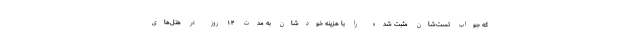
که جواب تست‌شان مثبت شده را با هزینه خودشان به مدت ۱۴ روز در هتل‌های